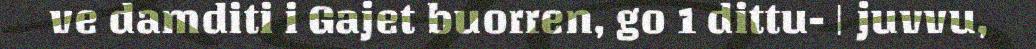
ve damditi i Gajet buorren, go 1 dittu- | juvvu,